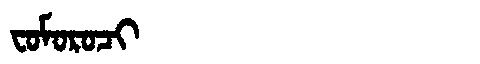
Manchu: ᠸᠣᠮᠣᡵᠣᠴᡳ
Romanization: FOMOROCI